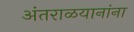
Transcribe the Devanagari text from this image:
अंतराळयानांना